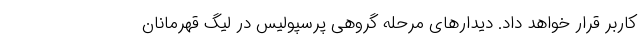
کاربر قرار خواهد داد. دیدار‌های مرحله گروهی پرسپولیس در لیگ قهرمانان